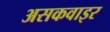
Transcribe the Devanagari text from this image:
असकवाइर